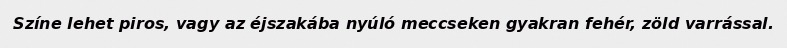
Színe lehet piros, vagy az éjszakába nyúló meccseken gyakran fehér, zöld varrással.